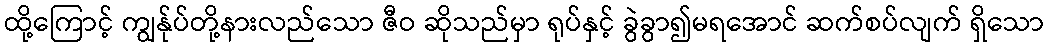
ထို့ကြောင့် ကျွန်ုပ်တို့နားလည်သော ဇီဝ ဆိုသည်မှာ ရုပ်နှင့် ခွဲခွာ၍မရအောင် ဆက်စပ်လျက် ရှိသော